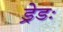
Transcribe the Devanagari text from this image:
ड्रेडः